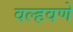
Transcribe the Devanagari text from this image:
वल्हवणे